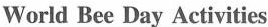
World Bee Day Activities